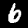
Digit: 6